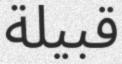
قبيلة